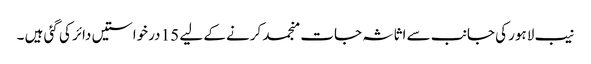
نیب لاہور کی جانب سے اثاثہ جات منجمد کرنے کے لیے 15 درخواستیں دائر کی گئی ہیں ۔